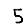
Digit: 5